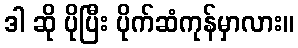
ဒါ ဆို ပိုပြီး ပိုက်ဆံကုန်မှာလား။